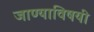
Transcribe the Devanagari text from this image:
जाण्याविषयी